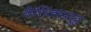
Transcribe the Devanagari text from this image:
केशिकासमूह